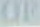
Of